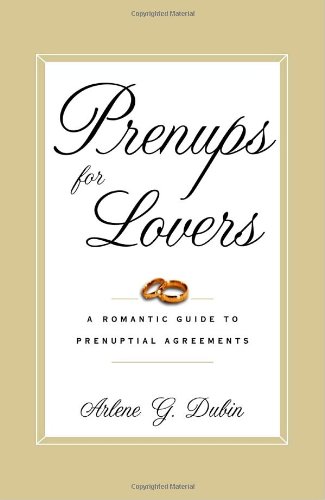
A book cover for Prenups for Lovers: A Romantic Guide to Prenuptial Agreements; Arlene Dubin; Law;